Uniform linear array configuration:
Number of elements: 32
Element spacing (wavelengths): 0.25
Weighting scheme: hann
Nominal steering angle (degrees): -45
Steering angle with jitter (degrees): -45.274
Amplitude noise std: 0.05
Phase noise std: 0.05

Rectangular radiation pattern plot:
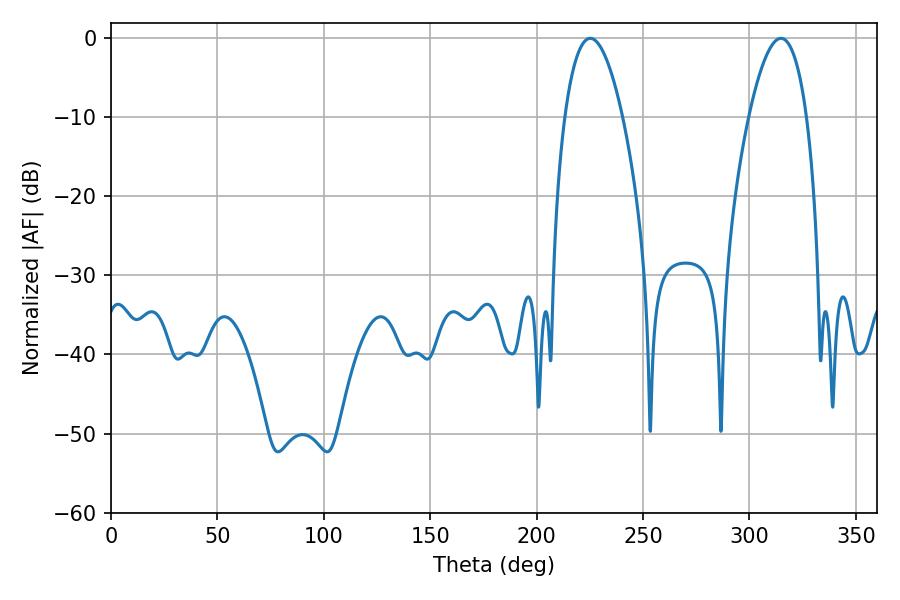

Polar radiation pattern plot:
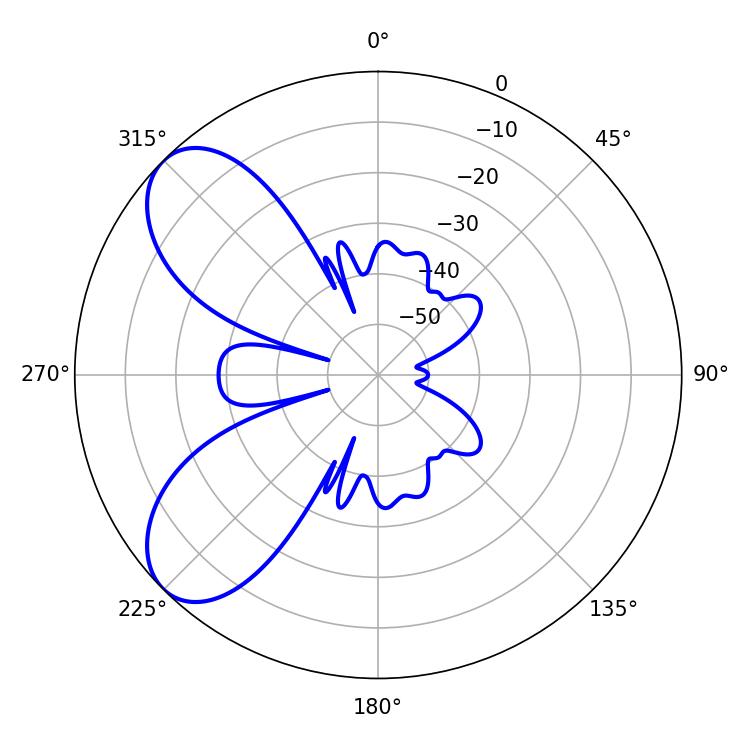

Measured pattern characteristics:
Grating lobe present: FALSE
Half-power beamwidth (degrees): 15.12
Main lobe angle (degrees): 225.18